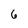
Character: 6